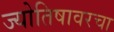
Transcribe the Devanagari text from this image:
ज्योतिषावरचा